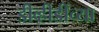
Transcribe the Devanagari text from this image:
डीव्हीडींच्या